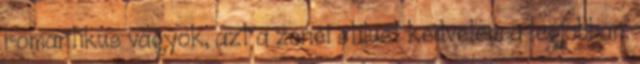
romantikus vagyok, azt a zenei stílust kedvelem a legjobban.